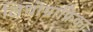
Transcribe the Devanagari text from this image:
लिथोग्राफ़िका